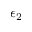
\epsilon _ { 2 }